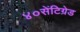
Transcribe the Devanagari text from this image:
४०सेंटिग्रेड